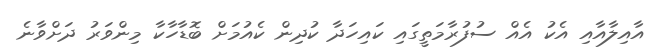
އާއިލާއާއި އެކު އެއް ސުފުރާމަތީގައި ކައިހަދާ ކުދިން ކެއުމަށް ބޮޑާހާކާ މިންވަރު ދަށްވާނެ